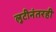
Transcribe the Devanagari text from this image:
लुटीनंतरही